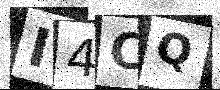
Text: I4CQ